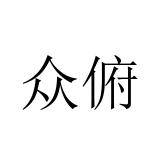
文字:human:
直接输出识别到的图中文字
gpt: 众俯